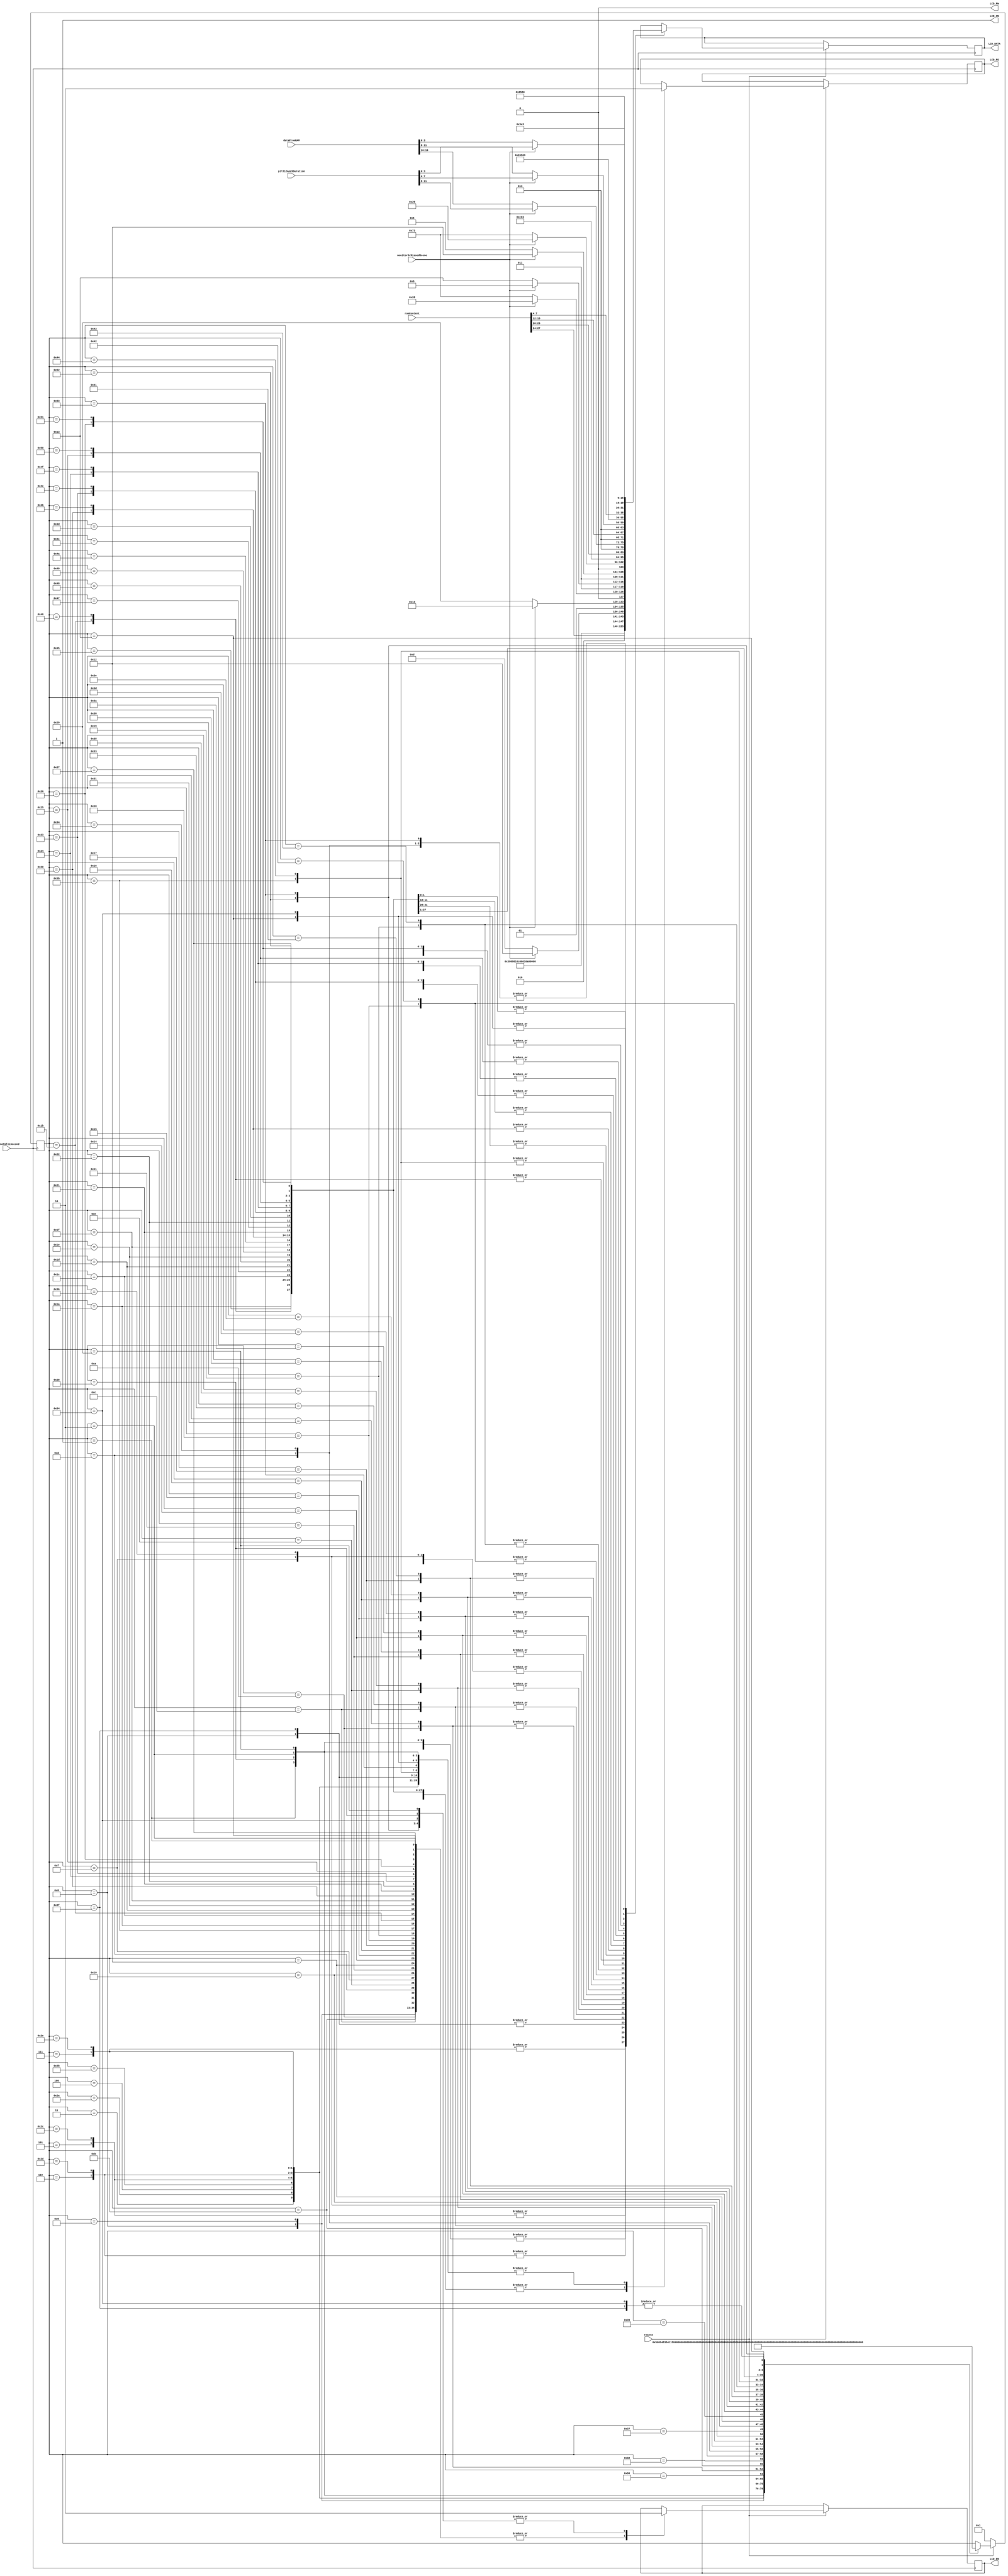
/*
Name: The Magnesium Team (Olanrewaju Ibironke, Su Hui Tan, Anitha Ramesh Puranik, Meghna Chittajallu)
Date: May 4, 2016
Project: LCD Controller Module
*/

module LCDController(dataFromRAM, monitorOrMissedScene, romContent, pill12And3Duration, clkOneMilliSecond, resetn, LCD_ON, LCD_RS, LCD_EN, LCD_RW, LCD_DATA);

input clkOneMilliSecond, resetn, monitorOrMissedScene; 
input [27:0] romContent, dataFromRAM;
input [11:0] pill12And3Duration;
output LCD_ON, LCD_RS, LCD_EN, LCD_RW;
output [7:0] LCD_DATA;

reg [6:0] p_state;
reg LCD_EN, LCD_RS;
reg [7:0] LCD_DATA_VALUE;

parameter [6:0] reset1=1, reset2=2, reset3=3, FUNC_SET=4,
display_off=5, display_clear=6,
display_on=7, mode_set=8, writeChar1=9,
writeChar2=10, writeChar3=11, writeChar4=12,
writeChar5=13, writeChar6=14, writeChar7=15,
writeChar8=16, writeChar9=17, writeChar10=18,
return_home=19, writeChar11=20, writeChar12=21, 
writeChar13=22, writeChar14=23, writeChar15=24, 
writeChar16=25, writeChar17=26, writeChar18=27, 
writeChar19=28, writeChar20=29, writeChar21=30,
writeChar22=31, writeChar23=32, writeChar24=33, 
writeChar25=34, writeChar26=35, writeChar27=36,
writeChar28=37, writeChar29=38, writeChar30=39,      

toggle_e1=40, toggle_e2=41,  toggle_e3=42,  toggle_e4=43,
toggle_e5=44, toggle_e6=45,  toggle_e7=46,  toggle_e8=47,
toggle_e9=48, toggle_e10=49, toggle_e11=50, toggle_e12=51,
toggle_e13=52,toggle_e14=53, toggle_e15=54, toggle_e16=55,
toggle_e17=56,toggle_e18=57, toggle_e19=58, w_address=59, 
write_w=60,

toggle_e20=61, toggle_e21=62, char1_address=63, write_e=64,
toggle_e22=65, toggle_e23=66, toggle_e24=67, toggle_e25=68, 
toggle_e26=69, toggle_e27=70, toggle_e28=71, toggle_e29=72, 
toggle_e30=73, toggle_e31=74, toggle_e32=75, toggle_e33=76, 
toggle_e34=77, toggle_e35=78, toggle_e36=79, toggle_e37=80, 
toggle_e38=81, toggle_e39=82, toggle_e40=83, toggle_e41=84;

assign LCD_ON=1;
assign LCD_RW=0;
assign LCD_DATA = LCD_DATA_VALUE; 

always @ (posedge clkOneMilliSecond)
begin
	if(resetn == 0)begin
		p_state <= reset1;
	end
	else begin 
		case (p_state)
			reset1: begin
				p_state <= toggle_e1;
				{LCD_EN, LCD_RS}=2'b10;
				LCD_DATA_VALUE = 8'h38;
			end
			toggle_e1: begin
				p_state <= reset2;
				{LCD_EN, LCD_RS}=2'b00;
				LCD_DATA_VALUE = 8'h38;
			end
			reset2: begin
				p_state <= toggle_e2;
				{LCD_EN, LCD_RS}=2'b10;
				LCD_DATA_VALUE = 8'h38;
			end
			toggle_e2: begin
				p_state <= reset3;
				{LCD_EN, LCD_RS}=2'b00;
			 	LCD_DATA_VALUE = 8'h38;
			end
			reset3: begin
				p_state <= toggle_e3;
				{LCD_EN, LCD_RS}=2'b10;
				LCD_DATA_VALUE = 8'h38;
			end
			toggle_e3: begin
				p_state <= FUNC_SET;
				{LCD_EN, LCD_RS}=2'b00;
				LCD_DATA_VALUE = 8'h38;
			end
			FUNC_SET: begin
				p_state <= toggle_e4;
				{LCD_EN, LCD_RS}=2'b10;
				LCD_DATA_VALUE = 8'h38;
			end
			toggle_e4: begin
				p_state <= display_off;
				{LCD_EN, LCD_RS}=2'b00;
				LCD_DATA_VALUE = 8'h38;
			end
			display_off: begin
				p_state <= toggle_e5;
				{LCD_EN, LCD_RS}=2'b10;
				LCD_DATA_VALUE = 8'h08;
			end
			toggle_e5: begin
				p_state <= display_clear;
				{LCD_EN, LCD_RS}=2'b00;
				LCD_DATA_VALUE = 8'h08;
			end
			display_clear: begin
				p_state <= toggle_e6;
				{LCD_EN, LCD_RS}=2'b10;
				LCD_DATA_VALUE = 8'h01;
			end
			toggle_e6: begin
				p_state <= display_on;
				{LCD_EN, LCD_RS}=2'b00;
				LCD_DATA_VALUE = 8'h01;
			end
			display_on: begin
				p_state <= toggle_e7;
				{LCD_EN, LCD_RS}=2'b10;
				LCD_DATA_VALUE = 8'h0c;
			end
			toggle_e7: begin
				p_state <= mode_set;
				{LCD_EN, LCD_RS}=2'b00;
				LCD_DATA_VALUE = 8'h0c;
			end
			mode_set: begin
				p_state <= toggle_e8;
				{LCD_EN, LCD_RS}=2'b10;
				LCD_DATA_VALUE = 8'h06;
			end
			toggle_e8: begin
				p_state <= writeChar1;
				{LCD_EN, LCD_RS}=2'b00;
				LCD_DATA_VALUE = 8'h06;
			end
			writeChar1: begin
				p_state <= toggle_e9;
				{LCD_EN, LCD_RS}=2'b11;
				LCD_DATA_VALUE = 8'h50;	// P
			end
			toggle_e9: begin
				p_state <= writeChar2;
				{LCD_EN, LCD_RS}=2'b01;
				LCD_DATA_VALUE = 8'h50;
			end
			writeChar2: begin
				p_state <= toggle_e10;
				{LCD_EN, LCD_RS}=2'b11;
				LCD_DATA_VALUE = 8'h61; // a
			end
			toggle_e10: begin
				p_state <= writeChar3;
				{LCD_EN, LCD_RS}=2'b01;
				LCD_DATA_VALUE = 8'h61;
			end
			writeChar3: begin
				p_state <= toggle_e11;	// t
				{LCD_EN, LCD_RS}=2'b11;
				LCD_DATA_VALUE = 8'h74;
			end
			toggle_e11: begin
				p_state <= writeChar4;
				{LCD_EN, LCD_RS}=2'b01;
				LCD_DATA_VALUE = 8'h74;
			end
			writeChar4: begin
				p_state <= toggle_e12;
				{LCD_EN, LCD_RS}=2'b11;
				LCD_DATA_VALUE = 8'h69;	// i
			end
			toggle_e12: begin
				p_state <= writeChar5;
				{LCD_EN, LCD_RS}=2'b01;
				LCD_DATA_VALUE = 8'h69;
			end
			writeChar5: begin
				p_state <= toggle_e13;
				{LCD_EN, LCD_RS}=2'b11;
				LCD_DATA_VALUE = 8'h65;	// e
			end
			toggle_e13: begin
				p_state <= writeChar6;
				{LCD_EN, LCD_RS}=2'b01;
				LCD_DATA_VALUE = 8'h65;
			end
			writeChar6: begin
				p_state <= toggle_e14;
				{LCD_EN, LCD_RS}=2'b11;
				LCD_DATA_VALUE = 8'h6e; // n
			end
			toggle_e14: begin
				p_state <= writeChar7;
				{LCD_EN, LCD_RS}=2'b01;
				LCD_DATA_VALUE = 8'h6e;
			end
			writeChar7: begin
				p_state <= toggle_e15;
				{LCD_EN, LCD_RS}=2'b11;
				LCD_DATA_VALUE = 8'h74; // t
			end
			toggle_e15: begin
				p_state <= writeChar8;
				{LCD_EN, LCD_RS}=2'b01;
				LCD_DATA_VALUE = 8'h74;
			end
			writeChar8: begin
				p_state <= toggle_e16;
				{LCD_EN, LCD_RS}=2'b11;
				LCD_DATA_VALUE = 8'h3a; // :
			end
			toggle_e16: begin
				p_state <= writeChar9;
				{LCD_EN, LCD_RS}=2'b01;
				LCD_DATA_VALUE = 8'h3a;
			end
			writeChar9: begin
				p_state <= toggle_e17;
				{LCD_EN, LCD_RS}=2'b11;
				LCD_DATA_VALUE ={4'b0011, romContent[27:24]}; 
			end
			toggle_e17: begin
				p_state <= writeChar10;
				{LCD_EN, LCD_RS}=2'b01;
				LCD_DATA_VALUE ={4'b0011, romContent[27:24]};
			end
			writeChar10: begin
				p_state <= toggle_e18;
				{LCD_EN, LCD_RS}=2'b11;
				LCD_DATA_VALUE = 8'h20; // whitespace
			end
			toggle_e18: begin
				p_state <= writeChar11;
				{LCD_EN, LCD_RS}=2'b01;
				LCD_DATA_VALUE = 8'h20;
			end
			writeChar11: begin
				p_state <= toggle_e19;
				{LCD_EN, LCD_RS}=2'b11;
				if(monitorOrMissedScene == 1)begin
					LCD_DATA_VALUE = 8'h52; // R
				end
				else begin
					LCD_DATA_VALUE = 8'h4d; // M
				end
			end
			toggle_e19: begin
				p_state <= writeChar12;
				{LCD_EN, LCD_RS}=2'b01;
				if(monitorOrMissedScene == 1)begin
					LCD_DATA_VALUE = 8'h52; 
				end
				else begin
					LCD_DATA_VALUE = 8'h4d;
				end
			end
			writeChar12: begin
				p_state <= toggle_e20;
				{LCD_EN, LCD_RS}=2'b11;
				if(monitorOrMissedScene == 1)begin
					LCD_DATA_VALUE = 8'h54; // T
				end
				else begin
					LCD_DATA_VALUE = 8'h69; // i
				end
			end
			toggle_e20: begin
				p_state <= writeChar13;
				{LCD_EN, LCD_RS}=2'b01;
				if(monitorOrMissedScene == 1)begin
					LCD_DATA_VALUE = 8'h54; 
				end
				else begin
					LCD_DATA_VALUE = 8'h69; 
				end
			end
			writeChar13: begin
				p_state <= toggle_e21;
				{LCD_EN, LCD_RS}=2'b11;
				if(monitorOrMissedScene == 1)begin
					LCD_DATA_VALUE = 8'h28; // (
				end
				else begin
					LCD_DATA_VALUE = 8'h73; // s
				end
			end
			toggle_e21: begin
				p_state <= writeChar14;
				{LCD_EN, LCD_RS}=2'b01;
				if(monitorOrMissedScene == 1)begin
					LCD_DATA_VALUE = 8'h28; 
				end
				else begin
					LCD_DATA_VALUE = 8'h73; 
				end
			end
			writeChar14: begin
				p_state <= toggle_e22;
				{LCD_EN, LCD_RS}=2'b11;
				if(monitorOrMissedScene == 1)begin
					LCD_DATA_VALUE = 8'h68; // h
				end
				else begin
					LCD_DATA_VALUE = 8'h73; // s
				end
			end
			toggle_e22: begin
				p_state <= writeChar15;
				{LCD_EN, LCD_RS}=2'b01;
				if(monitorOrMissedScene == 1)begin
					LCD_DATA_VALUE = 8'h68;
				end
				else begin
					LCD_DATA_VALUE = 8'h73; 
				end
			end
			writeChar15: begin
				p_state <= toggle_e23;
				{LCD_EN, LCD_RS}=2'b11;
				if(monitorOrMissedScene == 1)begin
					LCD_DATA_VALUE = 8'h72; // r
				end
				else begin
					LCD_DATA_VALUE = 8'h65; // e
				end
			end
			toggle_e23: begin
				p_state <= writeChar16;
				{LCD_EN, LCD_RS}=2'b01;
				if(monitorOrMissedScene == 1)begin
					LCD_DATA_VALUE = 8'h72; 
				end
				else begin
					LCD_DATA_VALUE = 8'h65;
				end
			end
			writeChar16: begin
				p_state <= toggle_e24;
				{LCD_EN, LCD_RS}=2'b11;
				if(monitorOrMissedScene == 1)begin
					LCD_DATA_VALUE = 8'h29; // )
				end
				else begin
					LCD_DATA_VALUE = 8'h73; // s
				end
			end
			toggle_e24: begin
				p_state <= w_address;
				{LCD_EN, LCD_RS}=2'b01;
				if(monitorOrMissedScene == 1)begin
					LCD_DATA_VALUE = 8'h29;
				end
				else begin
					LCD_DATA_VALUE = 8'h73; 
				end
			end
			// set DDRAM address for the second line
			w_address: begin
				p_state <= toggle_e25;
				{LCD_EN, LCD_RS}=2'b10;
				LCD_DATA_VALUE =8'hc0;	// second line
			end
			toggle_e25: begin
				p_state <= writeChar17;
				{LCD_EN, LCD_RS}=2'b00;
				LCD_DATA_VALUE =8'hc0;	// second line
			end
			writeChar17: begin
				p_state <= toggle_e26;
				{LCD_EN, LCD_RS}=2'b11;
				LCD_DATA_VALUE =8'h50;	// P
			end
			toggle_e26: begin
				p_state <= writeChar18;
				{LCD_EN, LCD_RS}=2'b01;
				LCD_DATA_VALUE =8'h50;
			end 
			writeChar18: begin
				p_state <= toggle_e27;
				{LCD_EN, LCD_RS}=2'b11;
				LCD_DATA_VALUE ={4'b0011, romContent[23:20]}; // Represents Pill 1
			end 
			toggle_e27: begin
				p_state <= writeChar19;
				{LCD_EN, LCD_RS}=2'b01;
				LCD_DATA_VALUE ={4'b0011, romContent[23:20]}; // Represents Pill 1
			end
			writeChar19: begin
				p_state <= toggle_e28;
				{LCD_EN, LCD_RS}=2'b11;
				LCD_DATA_VALUE = 8'h3a; // :
			end
			toggle_e28: begin
				p_state <= writeChar20;
				{LCD_EN, LCD_RS}=2'b01;
				LCD_DATA_VALUE = 8'h3a;
			end
			writeChar20: begin
				p_state <= toggle_e29;
				{LCD_EN, LCD_RS}=2'b11;
				if(monitorOrMissedScene == 1)begin								// 1 represents monitor or remaining time
					LCD_DATA_VALUE = {4'b0011, pill12And3Duration[11:8]}; 
				end
				else begin														// 0 represents misses 
					LCD_DATA_VALUE = {4'b0011, dataFromRAM[19:16]}; 
				end
			end
			toggle_e29: begin
				p_state <= writeChar21;
				{LCD_EN, LCD_RS}=2'b01;
				if(monitorOrMissedScene == 1)begin								// 1 represents monitor or remaining time
					LCD_DATA_VALUE = {4'b0011, pill12And3Duration[11:8]}; 
				end
				else begin														// 0 represents misses 
					LCD_DATA_VALUE = {4'b0011, dataFromRAM[19:16]}; 
				end
			end
			writeChar21: begin
				p_state <= toggle_e30;
				{LCD_EN, LCD_RS}=2'b11;
				LCD_DATA_VALUE = 8'h20; // whitespace
			end
			toggle_e30: begin
				p_state <= writeChar22;
				{LCD_EN, LCD_RS}=2'b01;
				LCD_DATA_VALUE = 8'h20;
			end
			writeChar22: begin
				p_state <= toggle_e31;
				{LCD_EN, LCD_RS}=2'b11;
				LCD_DATA_VALUE =8'h50;	// P
			end
			toggle_e31: begin
				p_state <= writeChar23;
				{LCD_EN, LCD_RS}=2'b01;
				LCD_DATA_VALUE =8'h50;
			end 
			writeChar23: begin
				p_state <= toggle_e32;
				{LCD_EN, LCD_RS}=2'b11;
				LCD_DATA_VALUE ={4'b0011, romContent[15:12]}; // Represents Pill 2
			end 
			toggle_e32: begin
				p_state <= writeChar24;
				{LCD_EN, LCD_RS}=2'b01;
				LCD_DATA_VALUE ={4'b0011, romContent[15:12]}; // Represents Pill 2
			end
			writeChar24: begin
				p_state <= toggle_e33;
				{LCD_EN, LCD_RS}=2'b11;
				LCD_DATA_VALUE = 8'h3a; // :
			end
			toggle_e33: begin
				p_state <= writeChar25;
				{LCD_EN, LCD_RS}=2'b01;
				LCD_DATA_VALUE = 8'h3a;
			end
			writeChar25: begin
				p_state <= toggle_e34;
				{LCD_EN, LCD_RS}=2'b11; 
				if(monitorOrMissedScene == 1)begin								// 1 represents monitor or remaining time
					LCD_DATA_VALUE = {4'b0011, pill12And3Duration[7:4]}; 
				end
				else begin														// 0 represents misses 
					LCD_DATA_VALUE = {4'b0011, dataFromRAM[11:8]}; 
				end
			end
			toggle_e34: begin
				p_state <= writeChar26;
				{LCD_EN, LCD_RS}=2'b01;
				if(monitorOrMissedScene == 1)begin								// 1 represents monitor or remaining time
					LCD_DATA_VALUE = {4'b0011, pill12And3Duration[7:4]}; 
				end
				else begin														// 0 represents misses 
					LCD_DATA_VALUE = {4'b0011, dataFromRAM[11:8]}; 
				end
			end
			writeChar26: begin
				p_state <= toggle_e35;
				{LCD_EN, LCD_RS}=2'b11;
				LCD_DATA_VALUE = 8'h20; // whitespace
			end
			toggle_e35: begin
				p_state <= writeChar27;
				{LCD_EN, LCD_RS}=2'b01;
				LCD_DATA_VALUE = 8'h20;
			end
			writeChar27: begin
				p_state <= toggle_e36;
				{LCD_EN, LCD_RS}=2'b11;
				LCD_DATA_VALUE =8'h50;	// P
			end
			toggle_e36: begin
				p_state <= writeChar28;
				{LCD_EN, LCD_RS}=2'b01;
				LCD_DATA_VALUE =8'h50;
			end 
			writeChar28: begin
				p_state <= toggle_e37;
				{LCD_EN, LCD_RS}=2'b11;
				LCD_DATA_VALUE ={4'b0011, romContent[7:4]}; // Represents Pill 3
			end 
			toggle_e37: begin
				p_state <= writeChar29;
				{LCD_EN, LCD_RS}=2'b01;
				LCD_DATA_VALUE ={4'b0011, romContent[7:4]}; // Represents Pill 3
			end
			writeChar29: begin
				p_state <= toggle_e38;
				{LCD_EN, LCD_RS}=2'b11;
				LCD_DATA_VALUE = 8'h3a; // :
			end
			toggle_e38: begin
				p_state <= writeChar30;
				{LCD_EN, LCD_RS}=2'b01;
				LCD_DATA_VALUE = 8'h3a;
			end
			writeChar30: begin
				p_state <= toggle_e39;
				{LCD_EN, LCD_RS}=2'b11; 
				if(monitorOrMissedScene == 1)begin								// 1 represents monitor or remaining time
					LCD_DATA_VALUE = {4'b0011, pill12And3Duration[3:0]}; 
				end
				else begin														// 0 represents misses 
					LCD_DATA_VALUE = {4'b0011, dataFromRAM[3:0]}; 
				end
			end
			toggle_e39: begin
				p_state <= toggle_e40;
				{LCD_EN, LCD_RS}=2'b01;
				if(monitorOrMissedScene == 1)begin								// 1 represents monitor or remaining time
					LCD_DATA_VALUE = {4'b0011, pill12And3Duration[3:0]}; 
				end
				else begin														// 0 represents misses 
					LCD_DATA_VALUE = {4'b0011, dataFromRAM[3:0]}; 
				end
			end
			toggle_e40: begin
				p_state <= return_home;
				{LCD_EN, LCD_RS}=2'b00;
				LCD_DATA_VALUE =8'h65;
			end
			return_home: begin
				p_state <= toggle_e41;
				{LCD_EN, LCD_RS}=2'b10;
				LCD_DATA_VALUE =8'h80; //8'h80;
			end
			toggle_e41: begin
				p_state <= writeChar1;
				{LCD_EN, LCD_RS}=2'b00;
				LCD_DATA_VALUE =8'h80;//8'h80;
			end
		endcase 
	end
end
endmodule